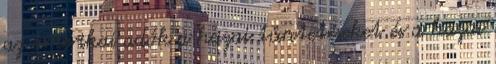
az amerikai adók a hazai tüntetéseket és a hazai